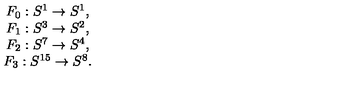
\begin{array} { c } { F _ { 0 } : S ^ { 1 } \rightarrow S ^ { 1 } , } \\ { F _ { 1 } : S ^ { 3 } \rightarrow S ^ { 2 } , } \\ { F _ { 2 } : S ^ { 7 } \rightarrow S ^ { 4 } , } \\ { F _ { 3 } : S ^ { 1 5 } \rightarrow S ^ { 8 } . } \\ \end{array}